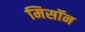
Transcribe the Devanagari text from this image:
मिसॉन